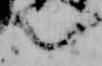
言